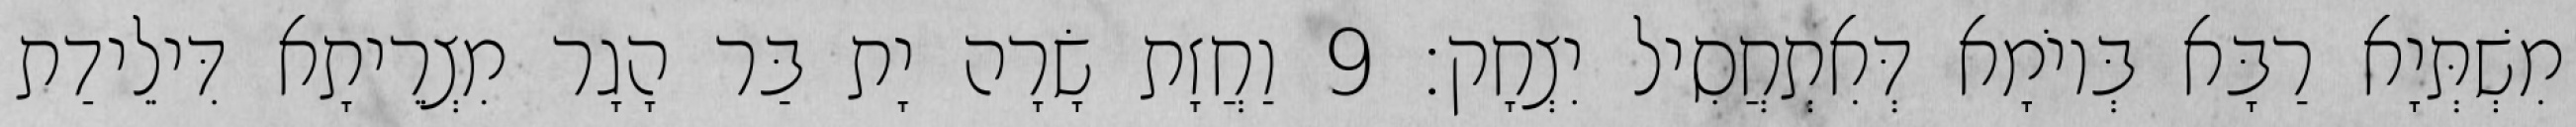
מִשְׁתְּיָא רַבָּא בְּיוֹמָא דְּאִתְחֲסִיל יִצְחָק׃ 9 וַחֲזָת שָׂרָה יָת בַּר הָגָר מִצְרֵיתָא דִּילֵידַת